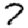
Digit: 7